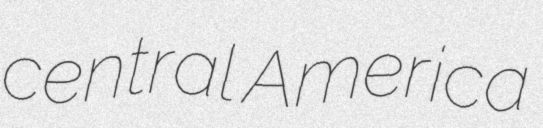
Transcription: central America